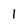
Character: 1